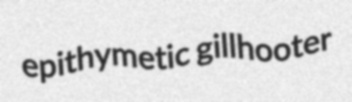
epithymetic gillhooter